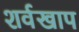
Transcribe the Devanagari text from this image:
शर्वखाप